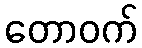
တောဝက်